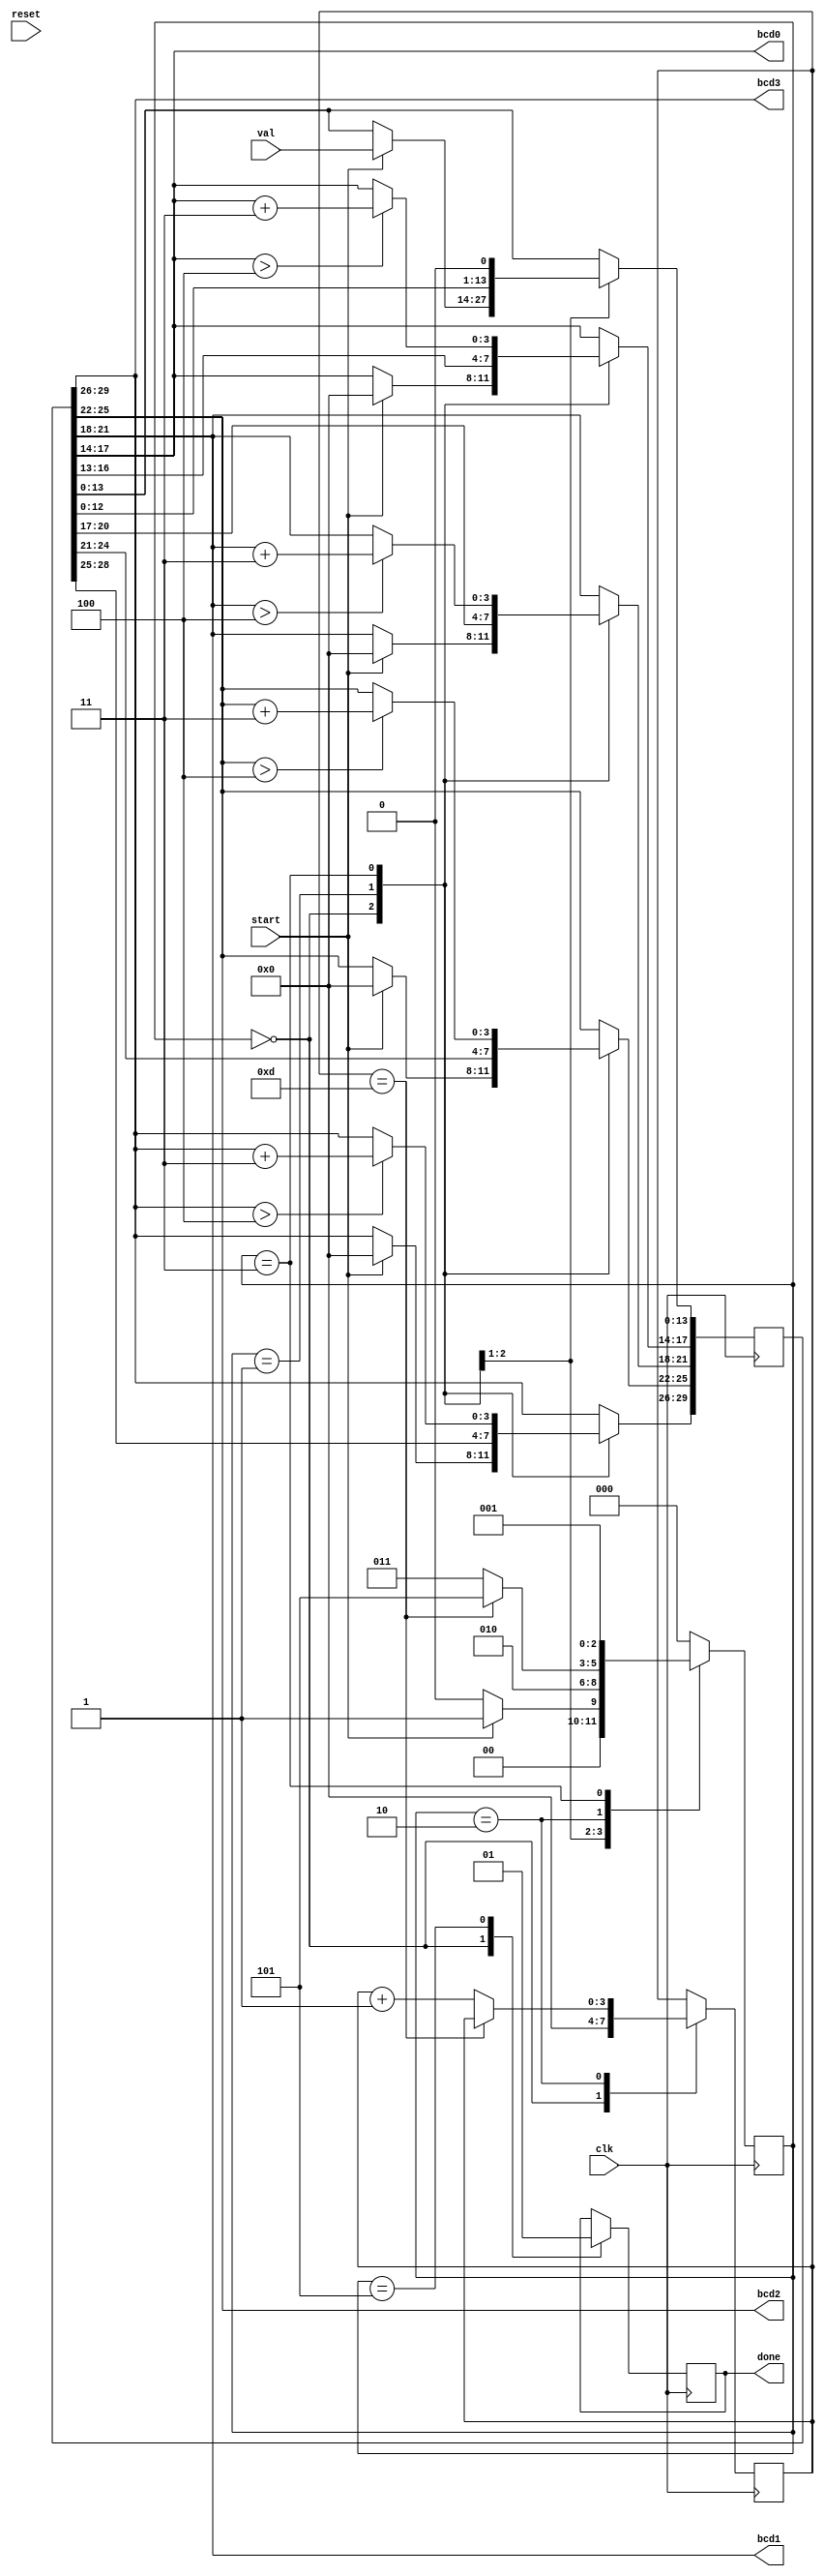
module binaryToBCDDabble(
     input clk,
     input reset,
     input start,
     input [13:0] val,
     output [3:0] bcd3,
     output [3:0] bcd2,
     output [3:0] bcd1,
     output [3:0] bcd0,
     output reg done
    );
    
    reg [2:0] state;
    localparam IDLESTATE = 0;
    localparam SHIFTSTATE = 1;
    localparam CHECKSHIFTSTATE = 2;
    localparam ADDSTATE = 3;
    localparam CHECKADDSTATE = 4;
    localparam DONESTATE = 5;
    
    reg [3:0] shiftCount = 0;
    reg [29:0] workReg = 0;
    
    assign {bcd3, bcd2, bcd1, bcd0} = workReg[29:14];
    
    always@(posedge clk)
    begin
        case(state)
        IDLESTATE:
            begin
                shiftCount <= 0;
                done <= 0;
                if(start)
                begin
                    workReg <= {16'h0000, val};
                    state <= SHIFTSTATE;
                end
                else
                begin
                    state <= IDLESTATE;
                end
            end    
        SHIFTSTATE:
            begin
                workReg <= workReg << 1;
                state <= CHECKSHIFTSTATE;
            end
        CHECKSHIFTSTATE:
            begin
                if(shiftCount == 13)
                begin
                    state <= DONESTATE;
                end
                else
                begin
                    shiftCount <= shiftCount + 1;
                    state <= ADDSTATE;
                end
            end
        ADDSTATE:
            begin
                state <= SHIFTSTATE;
                if(workReg[29:26] > 4)
                    workReg[29:26] <= workReg[29:26] + 3;
                if(workReg[25:22] > 4)
                    workReg[25:22] <= workReg[25:22] + 3;
                if(workReg[21:18] > 4)
                    workReg[21:18] <= workReg[21:18] + 3;
                if(workReg[17:14] > 4)
                    workReg[17:14] <= workReg[17:14] + 3;
            end
        DONESTATE:
            begin
                done <= 1;
                state <= IDLESTATE;
            end
        default:
            begin
                state <= IDLESTATE;
            end
        endcase
    end
endmodule